Vaccination in Burma 1912-1922 - 1912-1922
Year: 1912
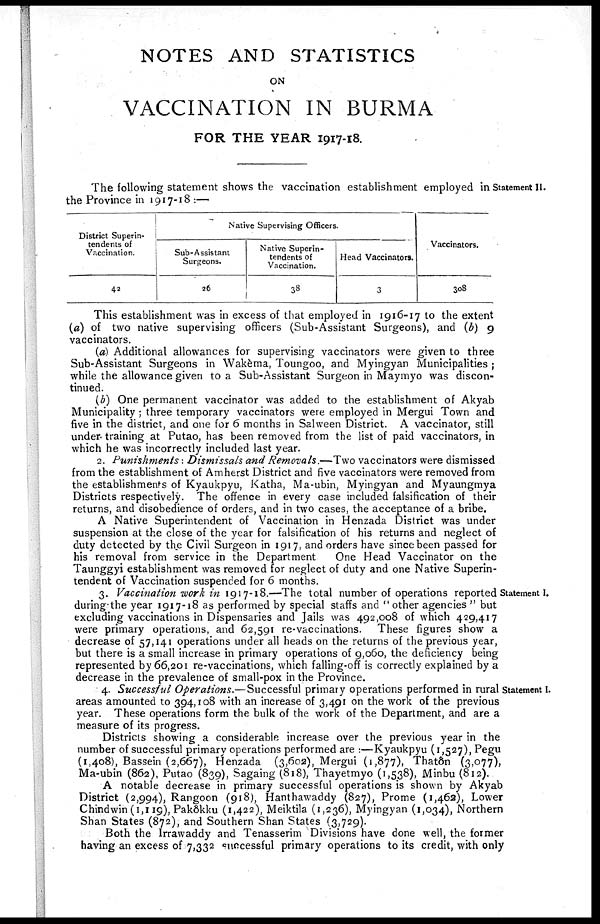
NOTES AND STATISTICS
ON
VACCINATION IN BURMA
FOR THE YEAR 1917-18.
Statement II.
The following statement shows the vaccination establishment employed in
the Province in 1917-18 :—
District Superin-
tendents of
Vaccination.
42
Native Supervising Officers.
Sub-Assistant
Surgeons.
26
Native Superin-
tendents of
Vaccination.
38
Head Vaccinators.
3
Vaccinators.
308
This establishment was in excess of that employed in 1916-17 to the extent
(a) of two native supervising officers (Sub-Assistant Surgeons), and (b) 9
vaccinators.
(a) Additional allowances for supervising vaccinators were given to three
Sub-Assistant Surgeons in Wakèma, Toungoo, and Myingyan Municipalities ;
while the allowance given to a Sub-Assistant Surgeon in Maymyo was discon-
tinued.
(b) One permanent vaccinator was added to the establishment of Akyab
Municipality ; three temporary vaccinators were employed in Mergui Town and
five in the district, and one for 6 months in Salween District. A vaccinator, still
under training at Putao, has been removed from the list of paid vaccinators, in
which he was incorrectly included last year.
2. Punishments: Dismissals and Removals.—-Two vaccinators were dismissed
from the establishment of Amherst District and five vaccinators were removed from
the establishments of Kyaukpyu, Katha, Ma-ubin, Myingyan and Myaungmya
Districts respectively. The offence in every case included falsification of their
returns, and disobedience of orders, and in two cases, the acceptance of a bribe.
A Native Superintendent of Vaccination in Henzada District was under
suspension at the close of the year for falsification of his returns and neglect of
duty detected by the Civil Surgeon in 1917, and orders have since been passed for
his removal from service in the Department
One Head Vaccinator on the
Taunggyi establishment was removed for neglect of duty and one Native Superin-
tendent of Vaccination suspended for 6 months.
Statement I.
3. Vaccination work in 1917-18.—The total number of operations reported
during the year 1917-18 as performed by special staffs and " other agencies " but
excluding vaccinations in Dispensaries and Jails was 492,008 of which 429,417
were primary operations, and 62,591 re-vaccinations. These figures show a
decrease of 57,141 operations under all heads on the returns of the previous year,
but there is a small increase in primary operations of 9,060, the deficiency being
represented by 66,201 re-vaccinations, which falling-off is correctly explained by a
decrease in the prevalence of small-pox in the Province.
Statement I.
4. successful Operations.—Successful primary operations performed in rural
areas amounted to 394,108 with an increase of 3,491 on the work of the previous
year. These operations form the bulk of the work of the Department, and are a
measure of its progress.
Districts showing a considerable increase over the previous year in the
number of successful primary operations performed are :—Kyaukpyu (1,527), Pegu
(1,408), Bassein (2,667), Henzada (3,602), Mergui (1,877), Thatôn (3,077),
Ma-ubin (862), Putao (839), Sagaing (818), Thayetmyo (1,538), Minbu (812).
A notable decrease in primary successful operations is shown by Akyab
District (2,994), Rangoon (918), Hanthawaddy (827), Prome (1,462), Lower
Chindwin(1,119), Pakôkku (1,422), Meiktila (1,236), Myingyan (1,034), Northern
Shan States (872), and Southern Shan States (3,729).
Both the Irrawaddy and Tenasserim Divisions have done well, the former
having an excess of 7,332 successful primary operations to its credit, with only